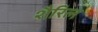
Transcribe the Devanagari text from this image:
शैरिल